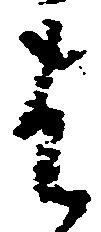
は